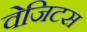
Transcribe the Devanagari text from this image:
वेजिटस